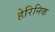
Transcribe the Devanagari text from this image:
हेरिनिक